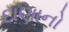
દાણાનો